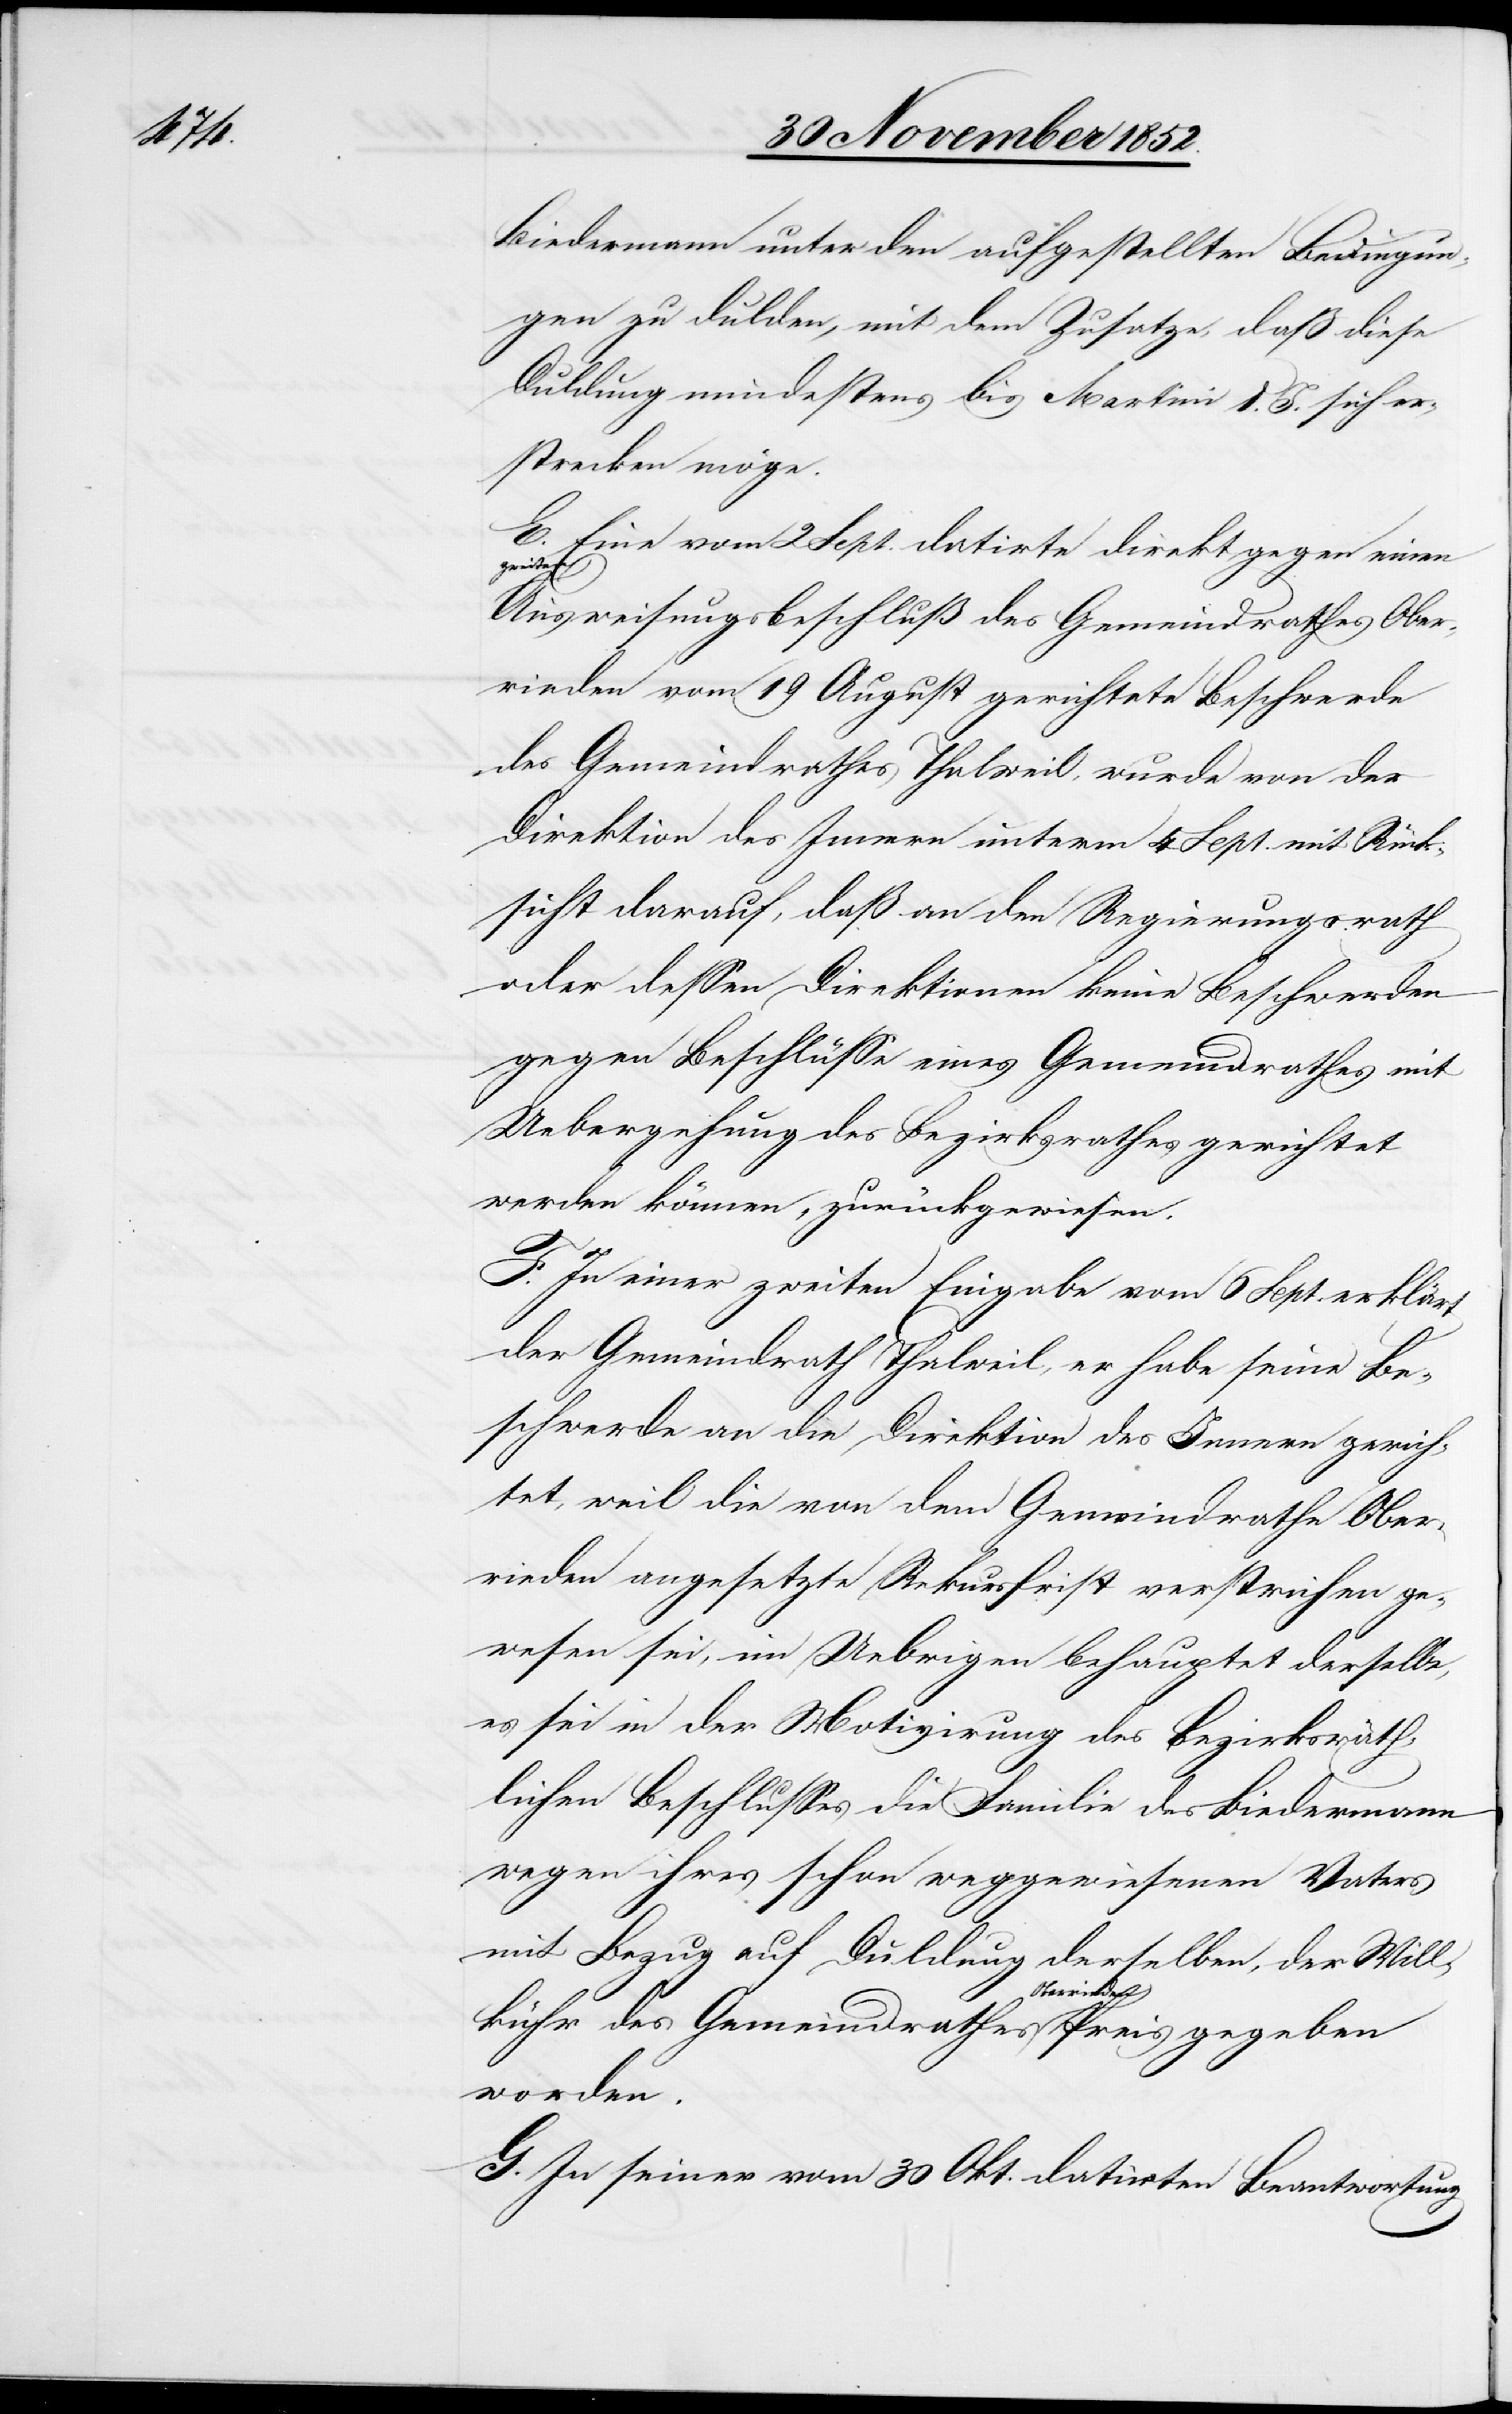
Biedermann unter den aufgestellten Bedingun¬
gen zu dulden, mit dem Zusatze, daß diese
Duldung mindestens bis Martini l. J. sich er¬
strecken möge.
E. Eine vom 2 Sept. datirte direkt gegen einen
gegeben
Ausweisungsbeschluß des Gemeindrathes Ober¬
rieden vom 19 August gerichtete Beschwerde
des Gemeindrathes Thalweil, wurde von der
Direktion des Innern unterm 4 Sept. mit Rück¬
sicht darauf, daß an den Regierungsrath
oder dessen Direktionen keine Beschwerden
gegen Beschlüsse eines Gemeindrathes mit
Uebergehung des Bezirksrathes gerichtet
werden können, zurückgewiesen.
F. In einer zweiten Eingabe vom 6 Sept. erklärt
der Gemeindrath Thalweil, er habe seine Be¬
schwerde an die Direktion des Innern gerich¬
tet, weil die von dem Gemeindrathe Ober¬
rieden angesetzte Rekursfrist verstrichen ge¬
wesen sei, im Uebrigen behauptet derselbe,
es sei in der Motivirung des bezirksräth¬
lichen Beschlusses die Familie des Biedermann
wegen ihres schon weggewiesenen Vaters
mit Bezug auf Duldung derselben, der Will¬
kühr des Gemeindrathes Oberrieden
worden.
G. In seiner vom 30 Okt. datirten Beantwortung